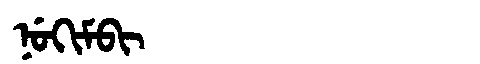
Manchu: ᠨᡠᡴᡳᠮᠪᡳ
Romanization: NUKIMBI